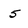
Character: 5